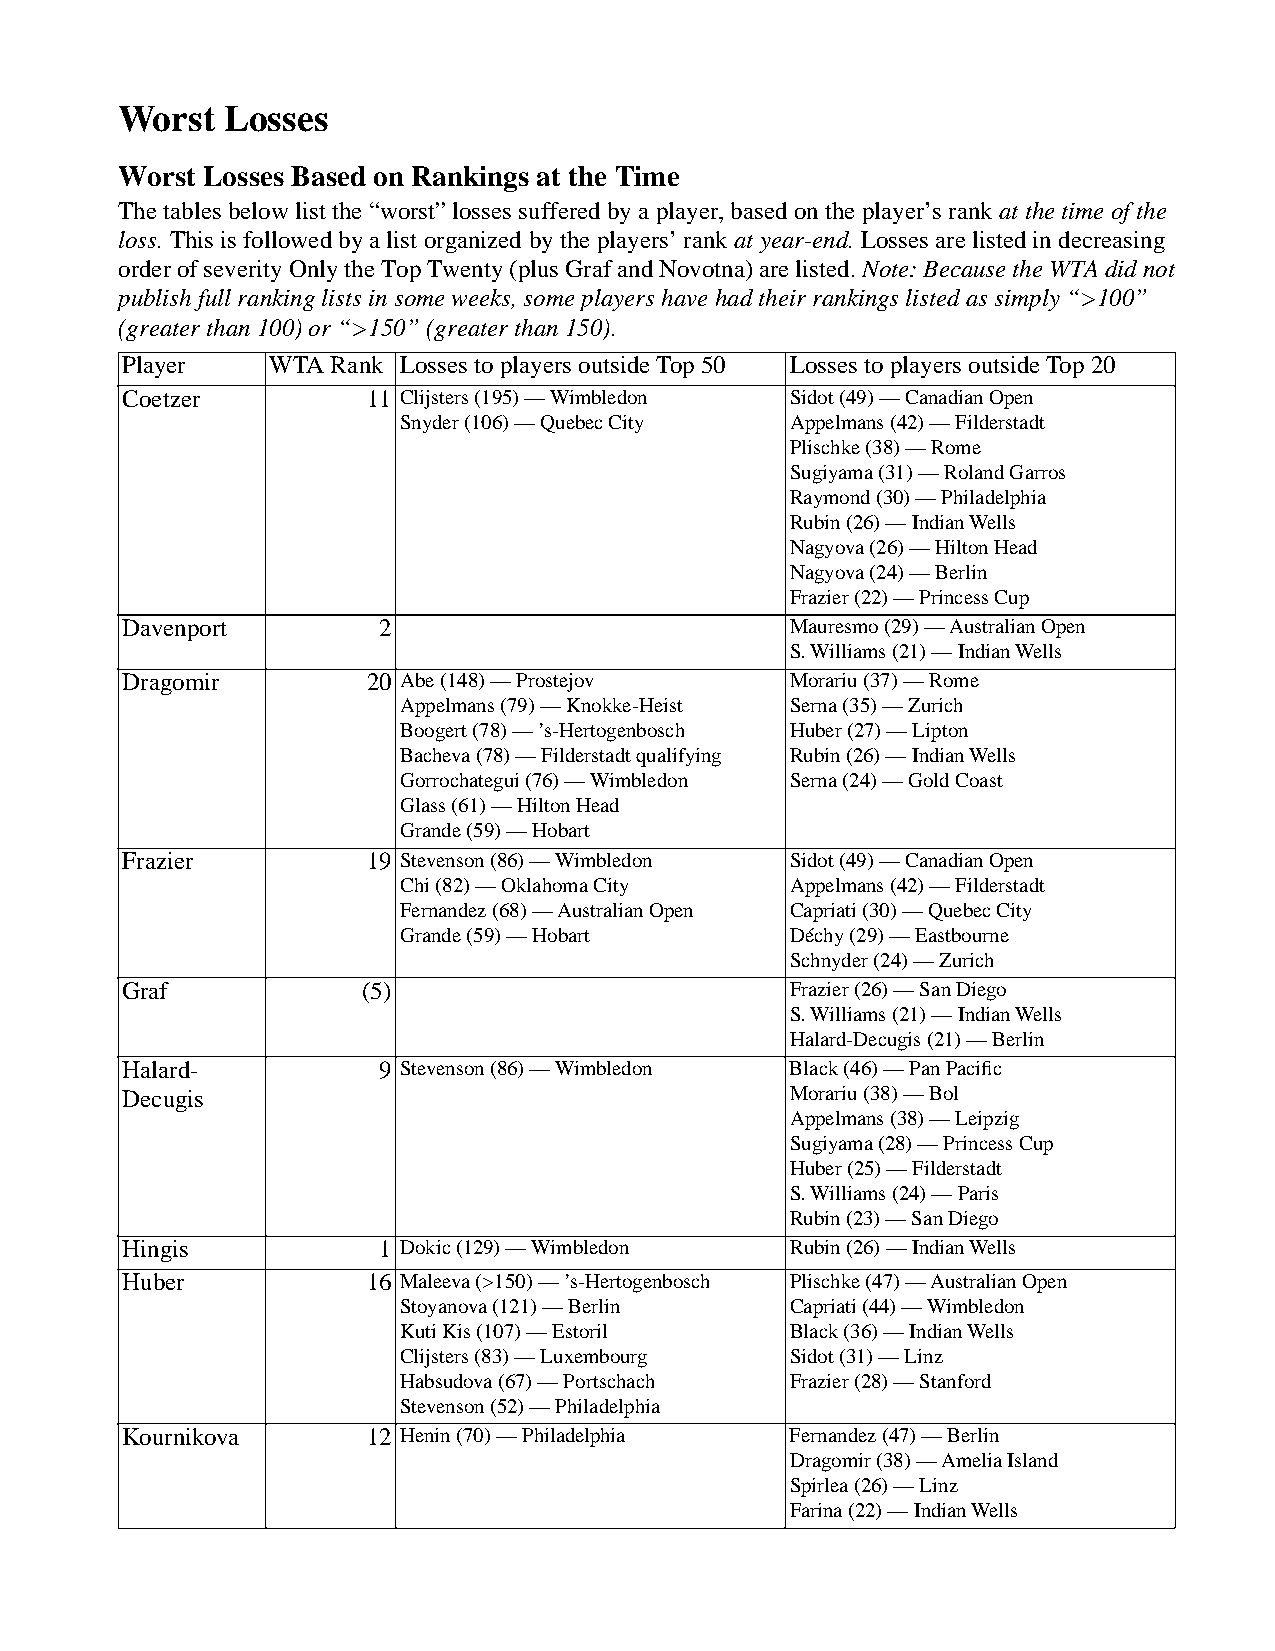
Worst  Losses
 Worst Losses Based on Rankings at the Time
 The tables below list the “worst” losses suffered by a player, based on the player’s rank at the time of the
 loss. This is followed by a list organized by the players’ rank at year-end. Losses are listed in decreasing
 order of severity Only the Top Twenty (plus Graf and Novotna) are listed. Note: Because the WTA did not
 publish full ranking lists in some weeks, some players have had their rankings listed as simply “>100”
 (greater than 100) or “>150” (greater than 150).
 Player   WTA Rank Losses to players outside Top 50 Losses to players outside Top 20
 Coetzer         11 Clijsters (195) — Wimbledon Sidot (49) — Canadian Open
 Snyder (106) — Quebec City Appelmans (42) — Filderstadt
 Plischke (38) — Rome
 Sugiyama (31) — Roland Garros
 Raymond (30) — Philadelphia
 Rubin (26) — Indian Wells
 Nagyova (26) — Hilton Head
 Nagyova (24) — Berlin
 Frazier (22) — Princess Cup
 Davenport        2                          Mauresmo (29) — Australian Open
 S. Williams (21) — Indian Wells
 Dragomir        20 Abe (148) — Prostejov    Morariu (37) — Rome
 Appelmans (79) — Knokke-Heist Serna (35) — Zurich
 Boogert (78) — ’s-Hertogenbosch Huber (27) — Lipton
 Bacheva (78) — Filderstadt qualifying Rubin (26) — Indian Wells
 Gorrochategui (76) — Wimbledon Serna (24) — Gold Coast
 Glass (61) — Hilton Head
 Grande (59) — Hobart
 Frazier         19 Stevenson (86) — Wimbledon Sidot (49) — Canadian Open
 Chi (82) — Oklahoma City  Appelmans (42) — Filderstadt
 Fernandez (68) — Australian Open Capriati (30) — Quebec City
 Grande (59) — Hobart      Déchy (29) — Eastbourne
 Schnyder (24) — Zurich
 Graf           (5)                          Frazier (26) — San Diego
 S. Williams (21) — Indian Wells
 Halard-Decugis (21) — Berlin
 Halard-          9 Stevenson (86) — Wimbledon Black (46) — Pan Pacific
 Decugis                                     Morariu (38) — Bol
 Appelmans (38) — Leipzig
 Sugiyama (28) — Princess Cup
 Huber (25) — Filderstadt
 S. Williams (24) — Paris
 Rubin (23) — San Diego
 Hingis           1 Dokic (129) — Wimbledon  Rubin (26) — Indian Wells
 Huber           16 Maleeva (>150) — ’s-Hertogenbosch Plischke (47) — Australian Open
 Stoyanova (121) — Berlin  Capriati (44) — Wimbledon
 Kuti Kis (107) — Estoril  Black (36) — Indian Wells
 Clijsters (83) — Luxembourg Sidot (31) — Linz
 Habsudova (67) — Portschach Frazier (28) — Stanford
 Stevenson (52) — Philadelphia
 Kournikova      12 Henin (70) — Philadelphia Fernandez (47) — Berlin
 Dragomir (38) — Amelia Island
 Spirlea (26) — Linz
 Farina (22) — Indian Wells